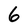
Character: 6